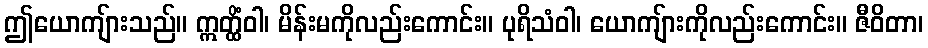
ဤယောကျ်ားသည်။ ဣတ္ထိံဝါ၊ မိန်းမကိုလည်းကောင်း။ ပုရိသံဝါ၊ ယောကျ်ားကိုလည်းကောင်း။ ဇီဝိတာ၊